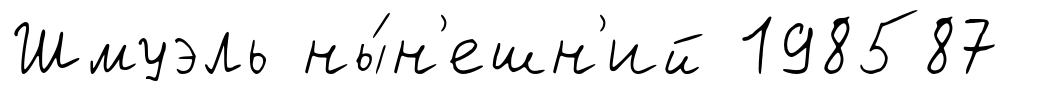
Шмуэль ны́н'ешн'ий 198587